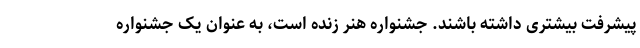
پیشرفت بیشتری داشته باشند. جشنواره هنر زنده است، به عنوان یک جشنواره